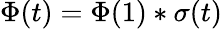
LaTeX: \Phi(t)=\Phi(1)*\sigma(t)